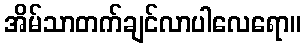
အိမ်သာတက်ချင်လာပါလေရော။